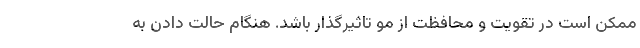
ممکن است در تقویت و محافظت از مو تاثیرگذار باشد. هنگام حالت دادن به